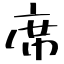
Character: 席